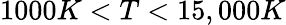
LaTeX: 1000K<T<15,000K